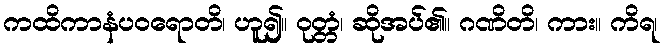
ကထိကာနံပဝရောတိ၊ ဟူ၍။ ဝုတ္တံ၊ ဆိုအပ်၏။ ဂဏိတိ၊ ကား။ ကိရ၊